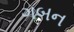
ગબન